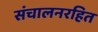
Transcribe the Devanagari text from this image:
संचालनरहित